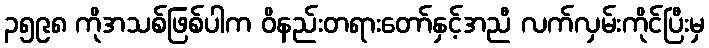
၃၅၉၈ ကိုအသစ်ဖြစ်ပါက ဝိနည်းတရားတော်နှင့်အညီ လက်လှမ်းကိုင်ပြီးမှ